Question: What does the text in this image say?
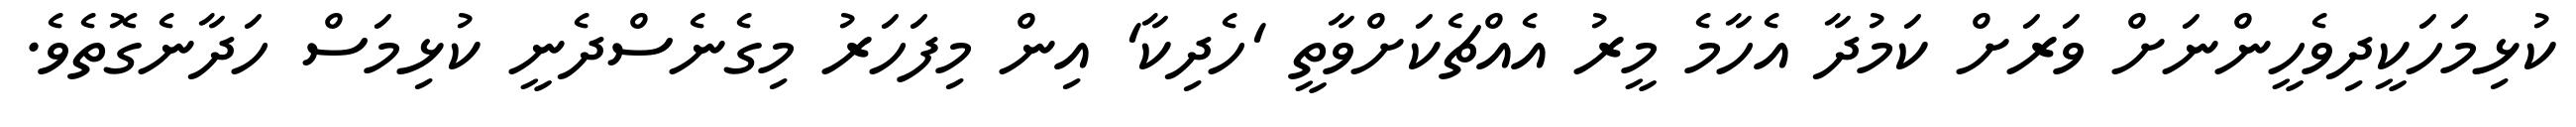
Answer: ކުޅިމަހަކީދިވެހީންނަށް ވަރަށް ކަމުދާ އެހާމެ މީރު އެއްޗެކަށްވާތީ 'ހެދިކާ' އިން މިފަހަރު މިގެނެސްދެނީ ކުޅިމަސް ހަދާނެގޮތެވެ.